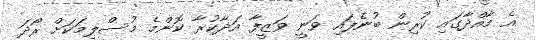
އެ މާއްދާގައި ކުރިން ބުނެފައި ވަނީ ވަޒީފާ އަދާކުރާ ކޮންމެ މުސްލިމަކަށް ރޯދަ